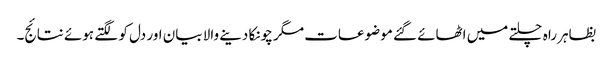
بظاہر راہ چلتے میں اٹھائے گئے موضوعات مگر چونکا دینے والا بیان اور دل کو لگتے ہوئے نتائج۔